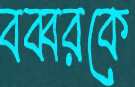
বব্বরকে